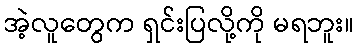
အဲ့လူတွေက ရှင်းပြလို့ကို မရဘူး။